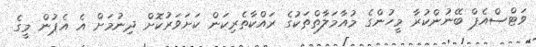
ވަޓްސްއެޕް ބޭނުންކުރާ މީހުންގެ މުއާމަލާތްތަކުގެ ރައްކާތެރިކަން ކަށަވަރުކޮށް ދިނުމަށް އެ އެޕުން މީގެ